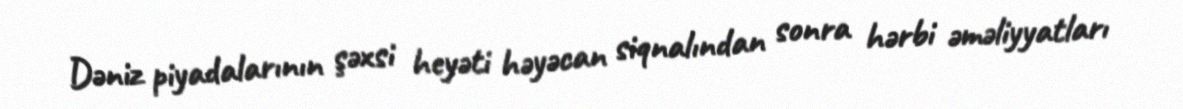
Dəniz piyadalarının şəxsi heyəti həyəcan siqnalından sonra hərbi əməliyyatları